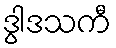
ဒွါဒသကီ